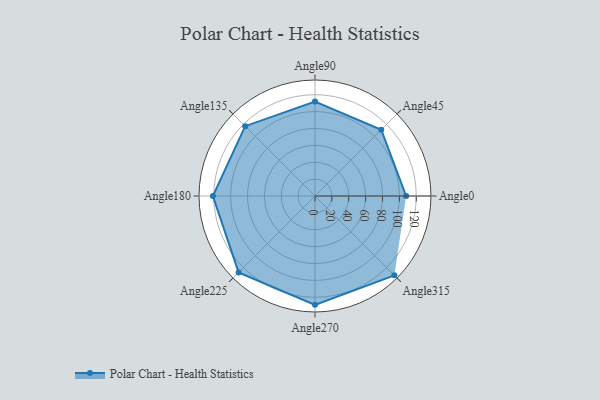
{"axis": {"x": "Angle", "y": "Radius"}, "legend": [""], "data": [{"x": "Angle0", "y": 108.0, "type": ""}, {"x": "Angle45", "y": 111.0, "type": ""}, {"x": "Angle90", "y": 112.0, "type": ""}, {"x": "Angle135", "y": 117.0, "type": ""}, {"x": "Angle180", "y": 121.0, "type": ""}, {"x": "Angle225", "y": 128.0, "type": ""}, {"x": "Angle270", "y": 129.0, "type": ""}, {"x": "Angle315", "y": 133.0, "type": ""}]}